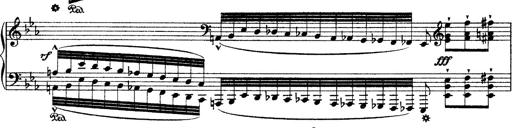
Title: Ã‰tudes d'exÃ©cution transcendante d'aprÃ¨s Paganini
Composer: Franz Liszt